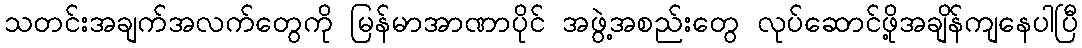
သတင်းအချက်အလက်တွေကို မြန်မာအာဏာပိုင် အဖွဲ့အစည်းတွေ လုပ်ဆောင်ဖို့အချိန်ကျနေပါပြီ